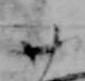
廿